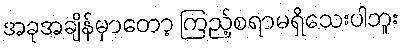
အခုအချိန်မှာတော့ ကြည့်စရာမရှိသေးပါဘူး